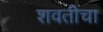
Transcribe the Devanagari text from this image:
शवतीचा